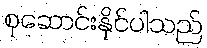
စုဆောင်းနိုင်ပါသည်